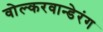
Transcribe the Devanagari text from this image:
वोल्करवान्डेरंग